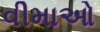
વીમાઓ